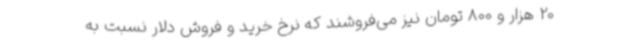
20 هزار و 800 تومان نیز می‌فروشند که نرخ خرید و فروش دلار نسبت به